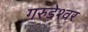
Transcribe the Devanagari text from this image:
गरुडेश्वर